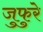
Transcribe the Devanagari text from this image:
जुफुरे